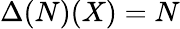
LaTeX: \Delta(N)(X)=N